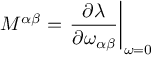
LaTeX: { \cal M } ^ { \alpha \beta } = \left. \frac { \partial \lambda } { \partial \omega _ { \alpha \beta } } \right| _ { \omega = 0 }